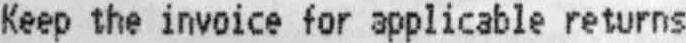
KEEP THE INVOICE FOR APPLICABLE RETURNS